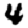
Digit: 4